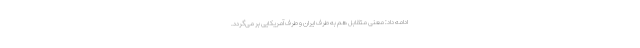
ادامه داد: معنی متقابل هم به طرف ایران و طرف آمریکایی بر می‌گردد.